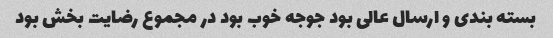
بسته بندی و ارسال عالی بود جوجه خوب بود در مجموع رضایت بخش بود